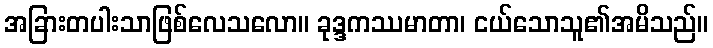
အခြားတပါးသာဖြစ်လေသလော။ ခုဒ္ဒကဿမာတာ၊ ငယ်သောသူ၏အမိသည်။